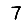
Digit: 7